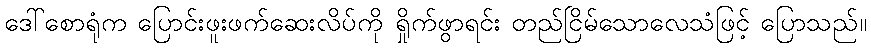
ဒေါ်စောရုံက ပြောင်းဖူးဖက်ဆေးလိပ်ကို ရှိုက်ဖွာရင်း တည်ငြိမ်သောလေသံဖြင့် ပြောသည်။